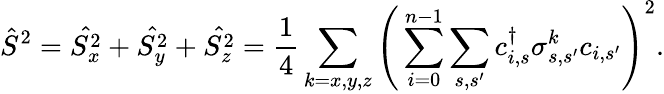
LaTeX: \hat{S}^{2}=\hat{S_{x}^{2}}+\hat{S_{y}^{2}}+\hat{S_{z}^{2}}=\frac{1}{4}\sum_{k=x,y,z}\Bigg(\sum_{i=0}^{n-1}\sum_{s,s^{\prime}}c_{i,s}^{\dagger}\sigma_{s,s^{\prime}}^{k}c_{i,s^{\prime}}\Bigg)^{2}.